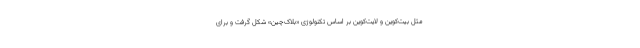
مثل بیت‌کوین و لایت‌کوین بر اساس تکنولوژی «بلاک‌چین» شکل گرفت و برای